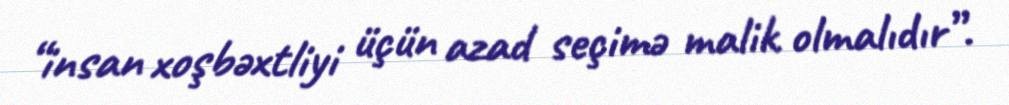
“insan xoşbəxtliyi üçün azad seçimə malik olmalıdır”.